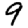
Digit: 9